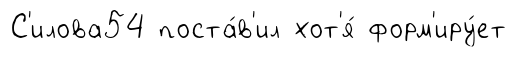
С'илова54 поста́в'ил хот'я́ форм'иру́ет